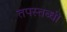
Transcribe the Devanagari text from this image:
तपस्तब्धी